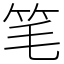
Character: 笔